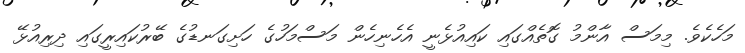
މަހެކެވެ. މިމަސް އާންމު ގޮތެއްގައި ކައިއުޅެނީ އެހެނިހެން މަސްމަހުގެ ހަށިގަނޑުގެ ބޭރުކައިރީގައި ދިރިއުޅޭ